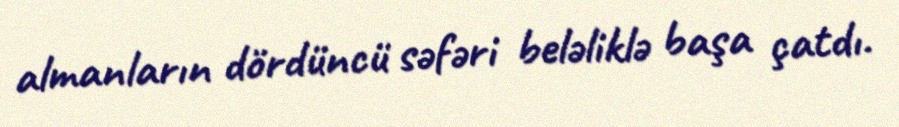
almanların dördüncü səfəri beləliklə başa çatdı.